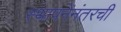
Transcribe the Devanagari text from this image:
स्थापनेनंतरची